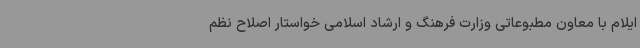
ایلام با معاون مطبوعاتی وزارت فرهنگ و ارشاد اسلامی خواستار اصلاح نظم